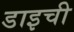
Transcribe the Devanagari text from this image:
डाइची